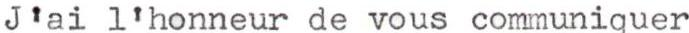
J'ai l'honneur de vous communiquer